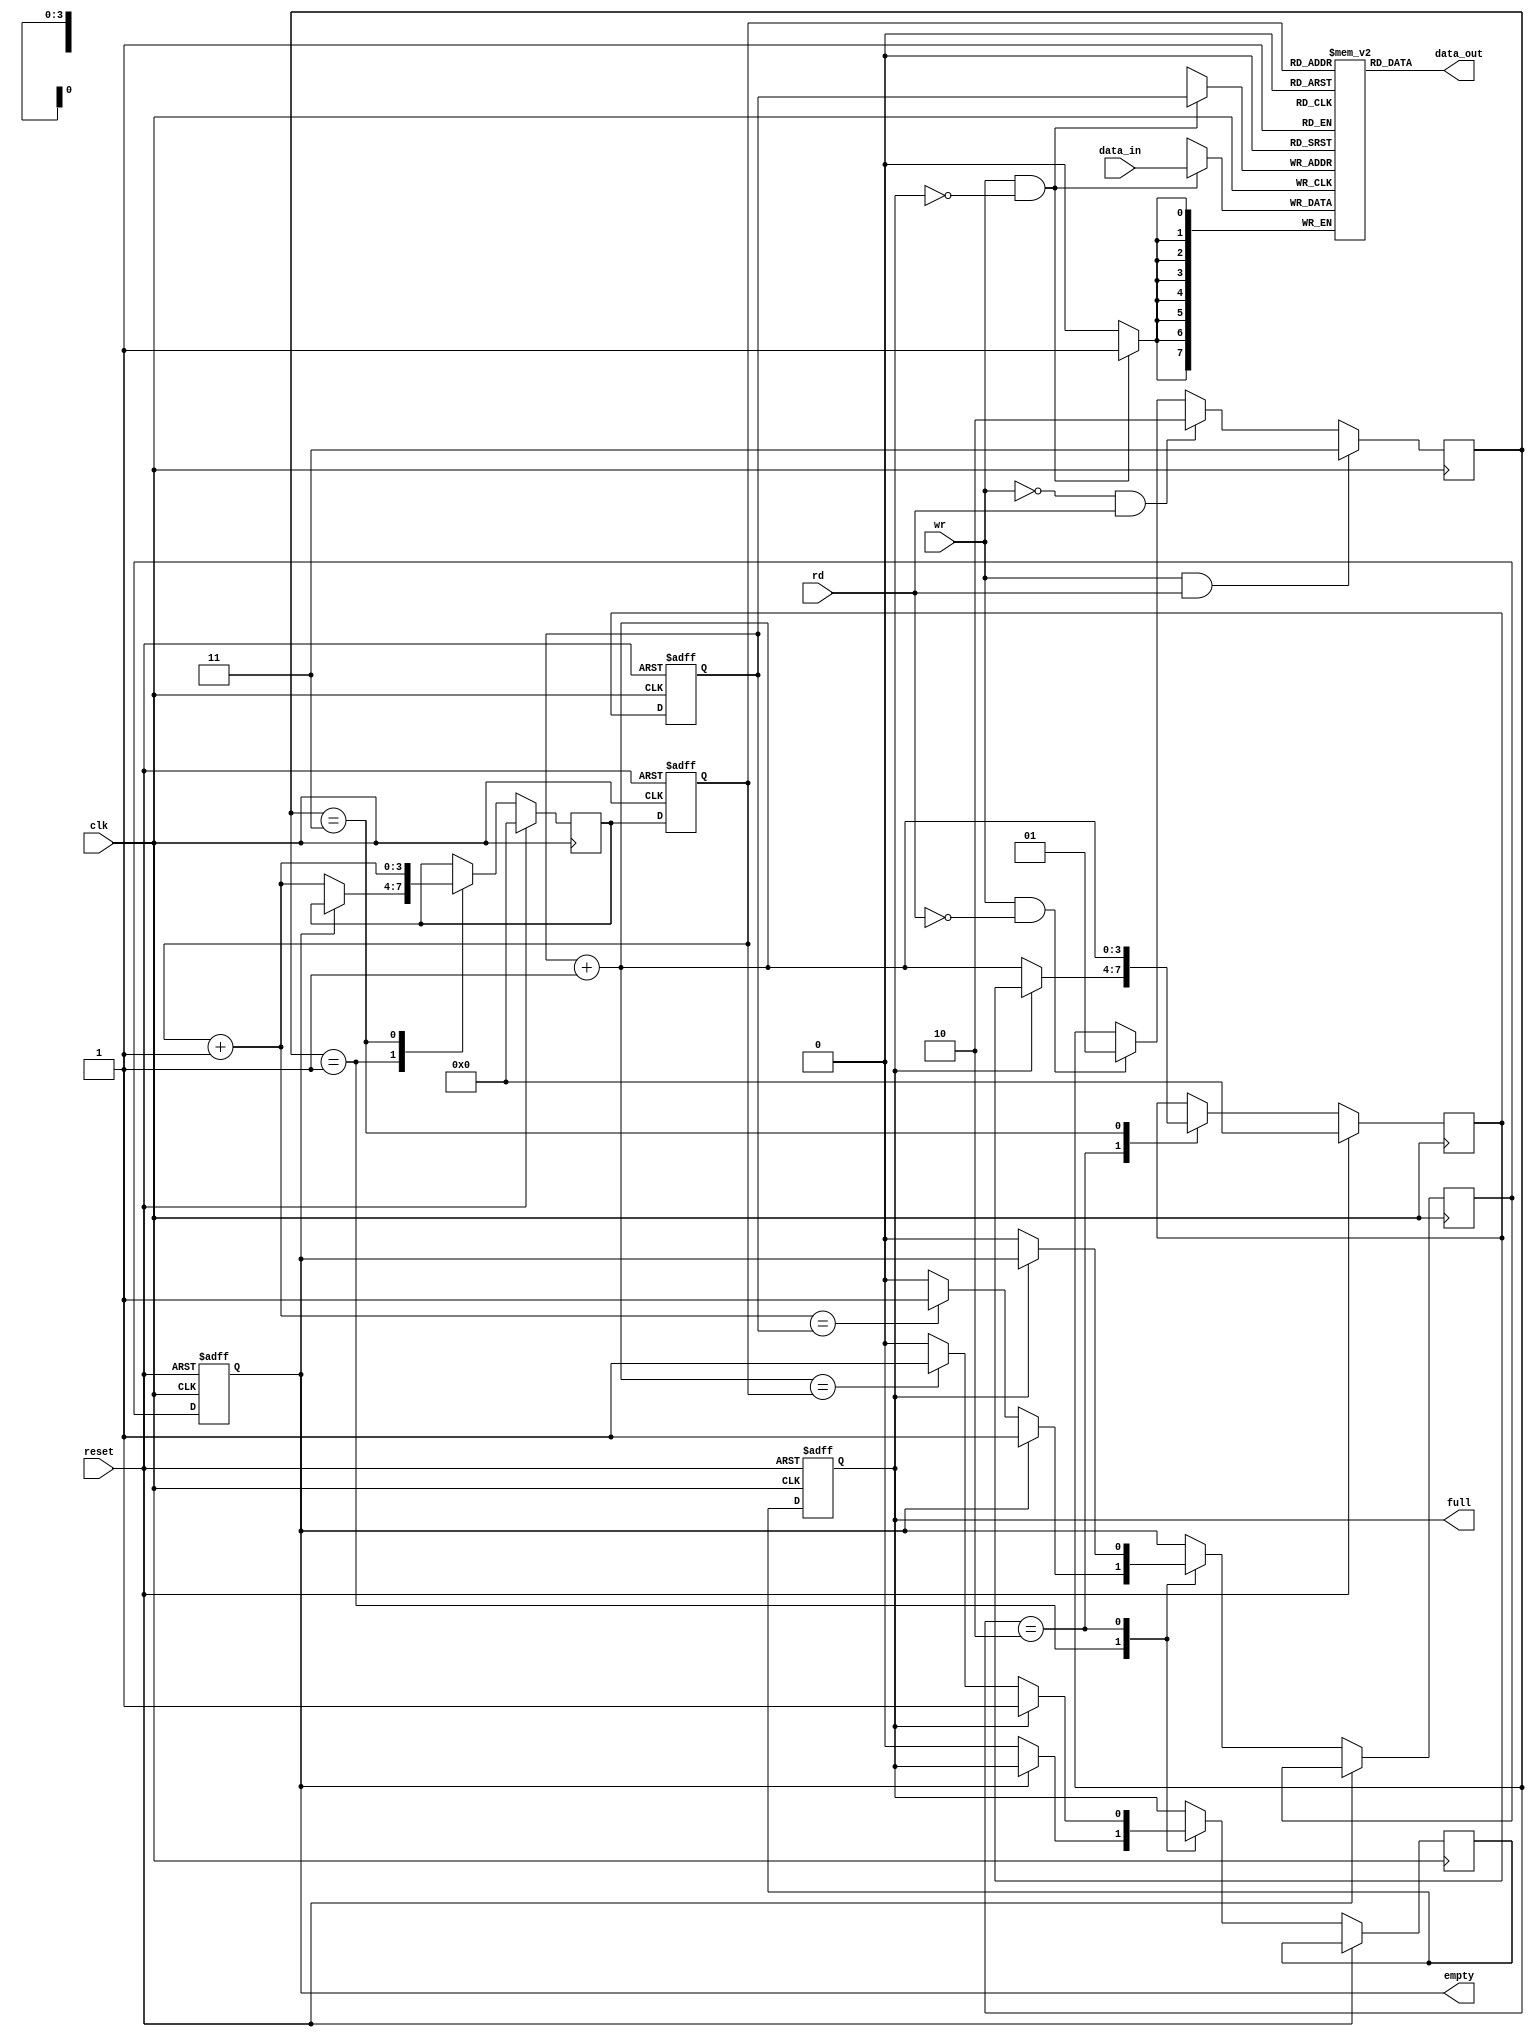
module fifo_7
   #(
  	parameter adr_width = 4,
	parameter dat_width = 8
   )
   (
    input  clk, reset,
    input  rd, wr,
    input  [dat_width-1:0] data_in,
    output [dat_width-1:0] data_out,
    output empty, 
    output full
   );
   parameter depth = (1 << adr_width);
   reg [dat_width-1:0] array_reg [depth-1:0];
   reg [adr_width-1:0] w_ptr_reg, w_ptr_next;
   reg [adr_width-1:0] r_ptr_reg, r_ptr_next;
   reg full_reg, empty_reg, full_next, empty_next;
   wire wr_en;
	reg	[1:0]	orden;
   assign data_out = array_reg[r_ptr_reg];
   assign wr_en = wr & ~full_reg;
   assign full = full_reg;
   assign empty = empty_reg;
   always @(posedge clk) begin
      if (wr_en)
         array_reg[w_ptr_reg] <= data_in;
   end
   always @(posedge clk, posedge reset) begin
      if (reset)
         begin
            w_ptr_reg <= 0;
            r_ptr_reg <= 0;
            full_reg <= 1'b0;
            empty_reg <= 1'b1;
         end
      else
         begin
            w_ptr_reg <= w_ptr_next;
            r_ptr_reg <= r_ptr_next;
            full_reg <= full_next;
            empty_reg <= empty_next;
         end
   end
	always @(posedge clk)
	begin
		if(wr&&!rd)
		begin
			orden = 2'b01;
		end
		if(!wr&&rd)
		begin
			orden = 2'b10;
		end
		if(wr&&rd)
		begin
			orden = 2'b11;
		end
	end
	always @(posedge clk)
   begin
      if (reset) begin
	w_ptr_next =  0;
        r_ptr_next =  0;       
      end else begin
	      full_next = full_reg;
	      empty_next = empty_reg;
	      case (orden)
		 2'b01: 
		    if (~empty_reg) 
		       begin
		          r_ptr_next = r_ptr_reg + 1;
		          full_next = 1'b0;
		          if (r_ptr_next==w_ptr_reg)
		             empty_next = 1'b1;
		       end
		 2'b10: 
		    if (~full_reg) 
		       begin
		          w_ptr_next = w_ptr_reg + 1;
		          empty_next = 1'b0;
		          if (w_ptr_next==r_ptr_reg)
		             full_next = 1'b1;
		       end
		 2'b11: 
		    begin
		       w_ptr_next =  w_ptr_reg + 1;
		       r_ptr_next = r_ptr_reg + 1;
		    end
	      endcase
	end
   end
endmodule